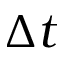
\Delta t